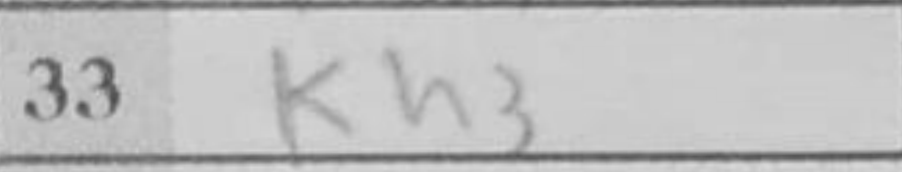
Transcription: Kh3